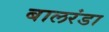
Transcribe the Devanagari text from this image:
बालरंडा